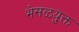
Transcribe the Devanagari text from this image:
भेसळयुक्त